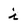
Character: i